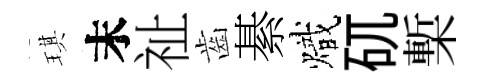
琪末祉齒綦熾矹槧